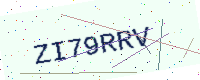
Text: ZI79RRV